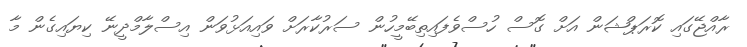
ރާއްޖޭގައި ކޮރަޕްޝަން އަށް ގޮސް ހުސްވެފައިތިބޭމީހުން ސަރުކާރަށް ވައިއަޅުވަން އިސްލާމްދީނޭ ކިޔައިގެން މާ